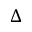
\Delta